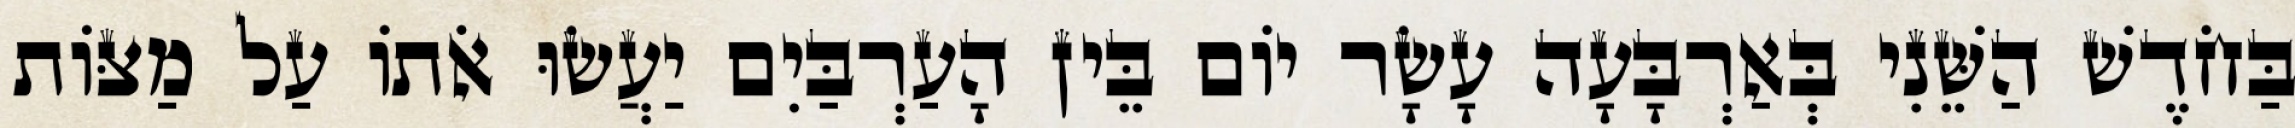
בַּחֹדֶשׁ הַשֵּׁנִי בְּאַרְבָּעָה עָשָׂר יוֹם בֵּין הָעַרְבַּיִם יַעֲשׂוּ אֹתוֹ עַל מַצּוֹת